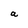
Character: a